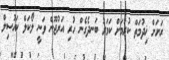
ރަށަށް ޚިދުމަތް ކުރުމަށް ކަމަރު ބަނދެގެން ހުރި އަރުޖޫން ވަނީ ލޯކަލް ކައުސިލް